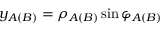
y _ { A ( B ) } = \rho _ { A ( B ) } \sin \varphi _ { A ( B ) }